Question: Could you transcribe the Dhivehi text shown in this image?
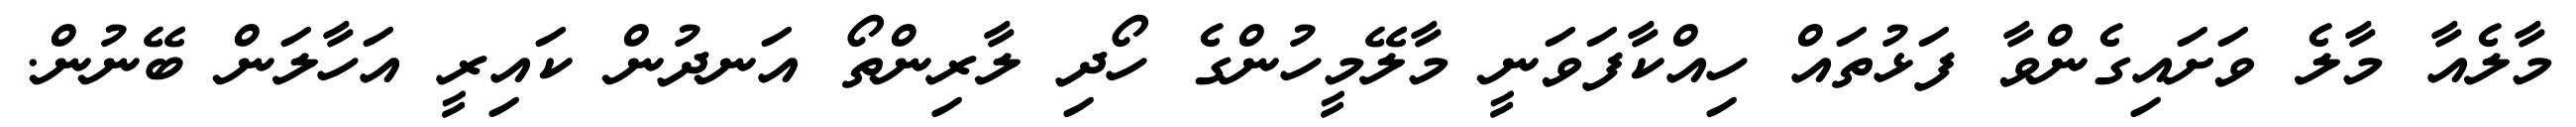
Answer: މާލެއާ މާލެ ވަށައިގެންވާ ފަޅުތައް ހިއްކާފަވަނީ މާލޭމީހުންގެ ހޯދި ލާރިންތޯ އަނދުން ކައިރީ އަހާލަން ބޭނުން.